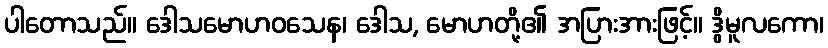
ပါတောသည်။ ဒေါသမောဟဝသေန၊ ဒေါသ, မောဟတို့၏ အပြားအားဖြင့်။ ဒွိမူလကော၊